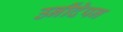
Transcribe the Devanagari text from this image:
उनींदेपन